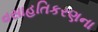
વસાહતિકરણના